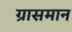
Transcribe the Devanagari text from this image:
ग्रासमान